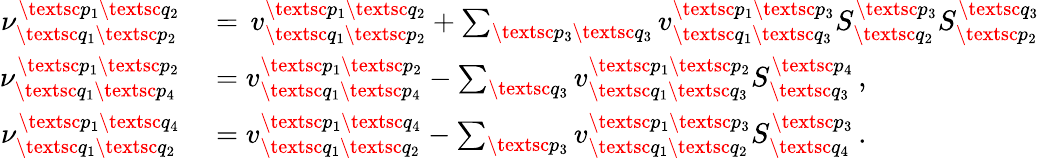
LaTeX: \begin{array}{rl}{\nu_{\textsc{q}_{1}\textsc{p}_{2}}^{\textsc{p}_{1}\textsc{q}_{2}}}&{{}=\, v_{\textsc{q}_{1}\textsc{p}_{2}}^{\textsc{p}_{1}\textsc{q}_{2}}+\sum_{\textsc{p}_{3}\textsc{q}_{3}}v_{\textsc{q}_{1}\textsc{q}_{3}}^{\textsc{p}_{1}\textsc{p}_{3}}S_{\textsc{q}_{2}}^{\textsc{p}_{3}}S_{\textsc{p}_{2}}^{\textsc{q}_{3}}}\\ {\nu_{\textsc{q}_{1}\textsc{p}_{4}}^{\textsc{p}_{1}\textsc{p}_{2}}}&{{}=v_{\textsc{q}_{1}\textsc{p}_{4}}^{\textsc{p}_{1}\textsc{p}_{2}}-\sum_{\textsc{q}_{3}}v_{\textsc{q}_{1}\textsc{q}_{3}}^{\textsc{p}_{1}\textsc{p}_{2}}S_{\textsc{q}_{3}}^{\textsc{p}_{4}}\, ,}\\ {\nu_{\textsc{q}_{1}\textsc{q}_{2}}^{\textsc{p}_{1}\textsc{q}_{4}}}&{{}=v_{\textsc{q}_{1}\textsc{q}_{2}}^{\textsc{p}_{1}\textsc{q}_{4}}-\sum_{\textsc{p}_{3}}v_{\textsc{q}_{1}\textsc{q}_{2}}^{\textsc{p}_{1}\textsc{p}_{3}}S_{\textsc{q}_{4}}^{\textsc{p}_{3}}\, .}\end{array}